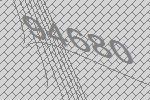
94680